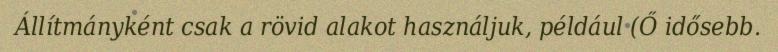
Állítmányként csak a rövid alakot használjuk, például (Ő idősebb.